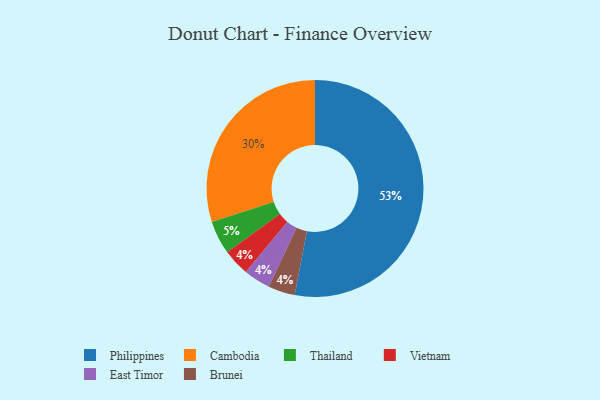
{"axis": {"x": "Category", "y": "Percentage"}, "legend": ["Brunei", "Cambodia", "East Timor", "Philippines", "Thailand", "Vietnam"], "data": [{"x": "Vietnam", "y": 4, "type": "Vietnam"}, {"x": "Philippines", "y": 53, "type": "Philippines"}, {"x": "East Timor", "y": 4, "type": "East Timor"}, {"x": "Brunei", "y": 4, "type": "Brunei"}, {"x": "Thailand", "y": 5, "type": "Thailand"}, {"x": "Cambodia", "y": 30, "type": "Cambodia"}]}